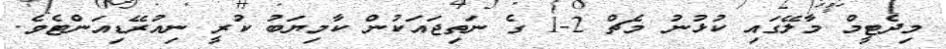
މިދެޓީމް މާލޭގައި ކުޅުނު މެޗް 2-1 ގެ ނަތިޖައަކުން ކާމިޔަބު ކުރީ ނިއުރޭޑިއަންޓެވެ.